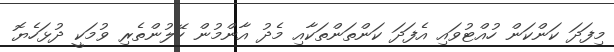
މިފަދަ ކަންކަން ހުއްޓުވައި އެފަދަ ކަންތަންތަކާއި މެދު އާންމުން ހޭލުންތެރި ވުމަކީ ދުޅަހެޔޮ